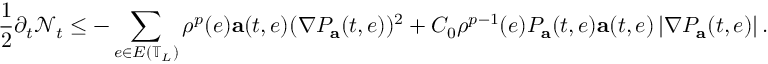
\frac { 1 } { 2 } \partial _ { t } \mathcal { N } _ { t } \leq - \sum _ { e \in E \left( \mathbb { T } _ { L } \right) } \rho ^ { p } ( e ) \mathbf { a } ( t , e ) ( \nabla P _ { \mathbf { a } } ( t , e ) ) ^ { 2 } + C _ { 0 } \rho ^ { p - 1 } ( e ) P _ { \mathbf { a } } ( t , e ) \mathbf { a } ( t , e ) \left| \nabla P _ { \mathbf { a } } ( t , e ) \right| .